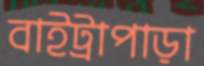
বাইট্রাপাড়া